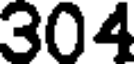
304